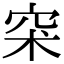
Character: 𥥇